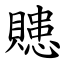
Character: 贃